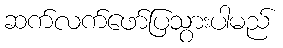
ဆက်လက်ဖော်ပြသွားပါမည်